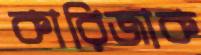
কারিজাক